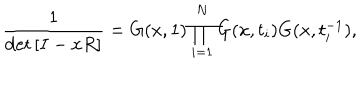
\frac { 1 } { \det \left[ I - x R \right] } = G ( x , 1 ) \prod _ { i = 1 } ^ { N } G ( x , t _ { i } ) G ( x , t _ { i } ^ { - 1 } ) ,